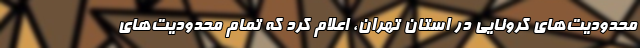
محدودیت‌های کرونایی در استان تهران، اعلام کرد که تمام محدودیت‌های